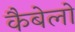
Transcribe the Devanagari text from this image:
कैबेलो